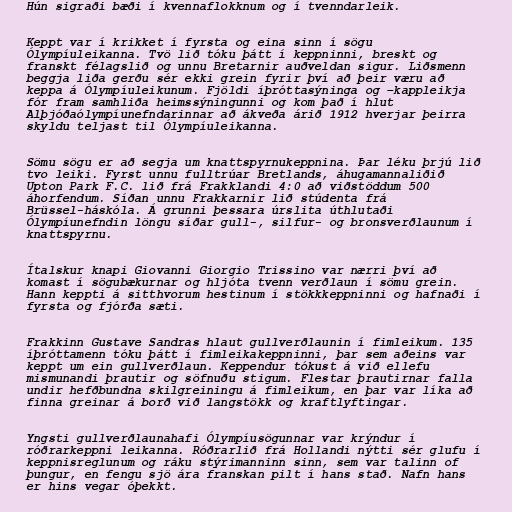
Hún sigraði bæði í kvennaflokknum og í tvenndarleik.

Keppt var í krikket í fyrsta og eina sinn í sögu
Ólympíuleikanna. Tvö lið tóku þátt í keppninni, breskt og
franskt félagslið og unnu Bretarnir auðveldan sigur. Liðsmenn
beggja liða gerðu sér ekki grein fyrir því að þeir væru að
keppa á Ólympíuleikunum. Fjöldi íþróttasýninga og –kappleikja
fór fram samhliða heimssýningunni og kom það í hlut
Alþjóðaólympíunefndarinnar að ákveða árið 1912 hverjar þeirra
skyldu teljast til Ólympíuleikanna.

Sömu sögu er að segja um knattspyrnukeppnina. Þar léku þrjú lið
tvo leiki. Fyrst unnu fulltrúar Bretlands, áhugamannaliðið
Upton Park F.C. lið frá Frakklandi 4:0 að viðstöddum 500
áhorfendum. Síðan unnu Frakkarnir lið stúdenta frá
Brüssel-háskóla. Á grunni þessara úrslita úthlutaði
Ólympíunefndin löngu síðar gull-, silfur- og bronsverðlaunum í
knattspyrnu.

Ítalskur knapi Giovanni Giorgio Trissino var nærri því að
komast í sögubækurnar og hljóta tvenn verðlaun í sömu grein.
Hann keppti á sitthvorum hestinum í stökkkeppninni og hafnaði í
fyrsta og fjórða sæti.

Frakkinn Gustave Sandras hlaut gullverðlaunin í fimleikum. 135
íþróttamenn tóku þátt í fimleikakeppninni, þar sem aðeins var
keppt um ein gullverðlaun. Keppendur tókust á við ellefu
mismunandi þrautir og söfnuðu stigum. Flestar þrautirnar falla
undir hefðbundna skilgreiningu á fimleikum, en þar var líka að
finna greinar á borð við langstökk og kraftlyftingar.

Yngsti gullverðlaunahafi Ólympíusögunnar var krýndur í
róðrarkeppni leikanna. Róðrarlið frá Hollandi nýtti sér glufu í
keppnisreglunum og ráku stýrimanninn sinn, sem var talinn of
þungur, en fengu sjö ára franskan pilt í hans stað. Nafn hans
er hins vegar óþekkt.